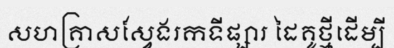
សហគ្រាសស្វែងរកទីផ្សារ ដៃគូថ្មីដើម្បី